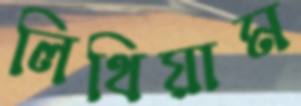
লিথিয়াম